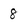
Character: 8